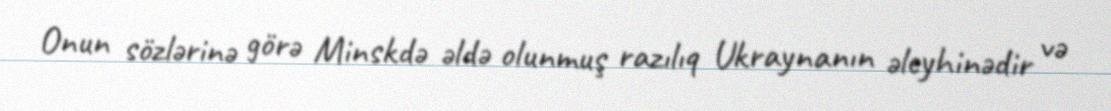
Onun sözlərinə görə Minskdə əldə olunmuş razılıq Ukraynanın əleyhinədir və